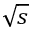
\sqrt { s }